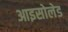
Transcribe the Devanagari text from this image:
आइसोलेड